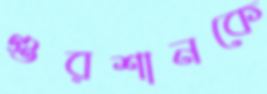
গুরশানকে